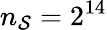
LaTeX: n_{\mathcal{S}}=2^{14}